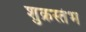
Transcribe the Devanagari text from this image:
शुक्रस्तंभ